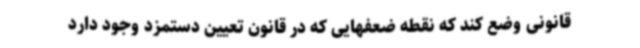
قانونی وضع کند که نقطه ضعفهایی که در قانون تعیین دستمزد وجود دارد